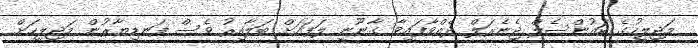
މަޖިލީހުގެ ކައުންސެލް ޖެނެރަލް ދެއްވާފައިވާ ގާނޫނީ ލަފައަށް ބަލާއިރު ވެސް ފަނޑިޔާރުން މަޖިލީހަށް